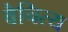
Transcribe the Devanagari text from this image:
वैचित्य